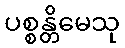
ပစ္စန္တိမေသု